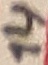
Text: 14